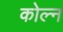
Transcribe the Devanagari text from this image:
कोल्न